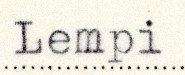
Lempi